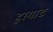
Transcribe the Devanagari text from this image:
हरगाट